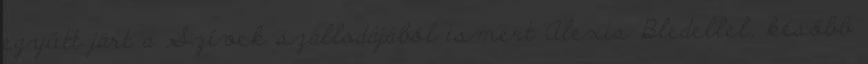
együtt járt a Szívek szállodájából ismert Alexis Bledellel, később